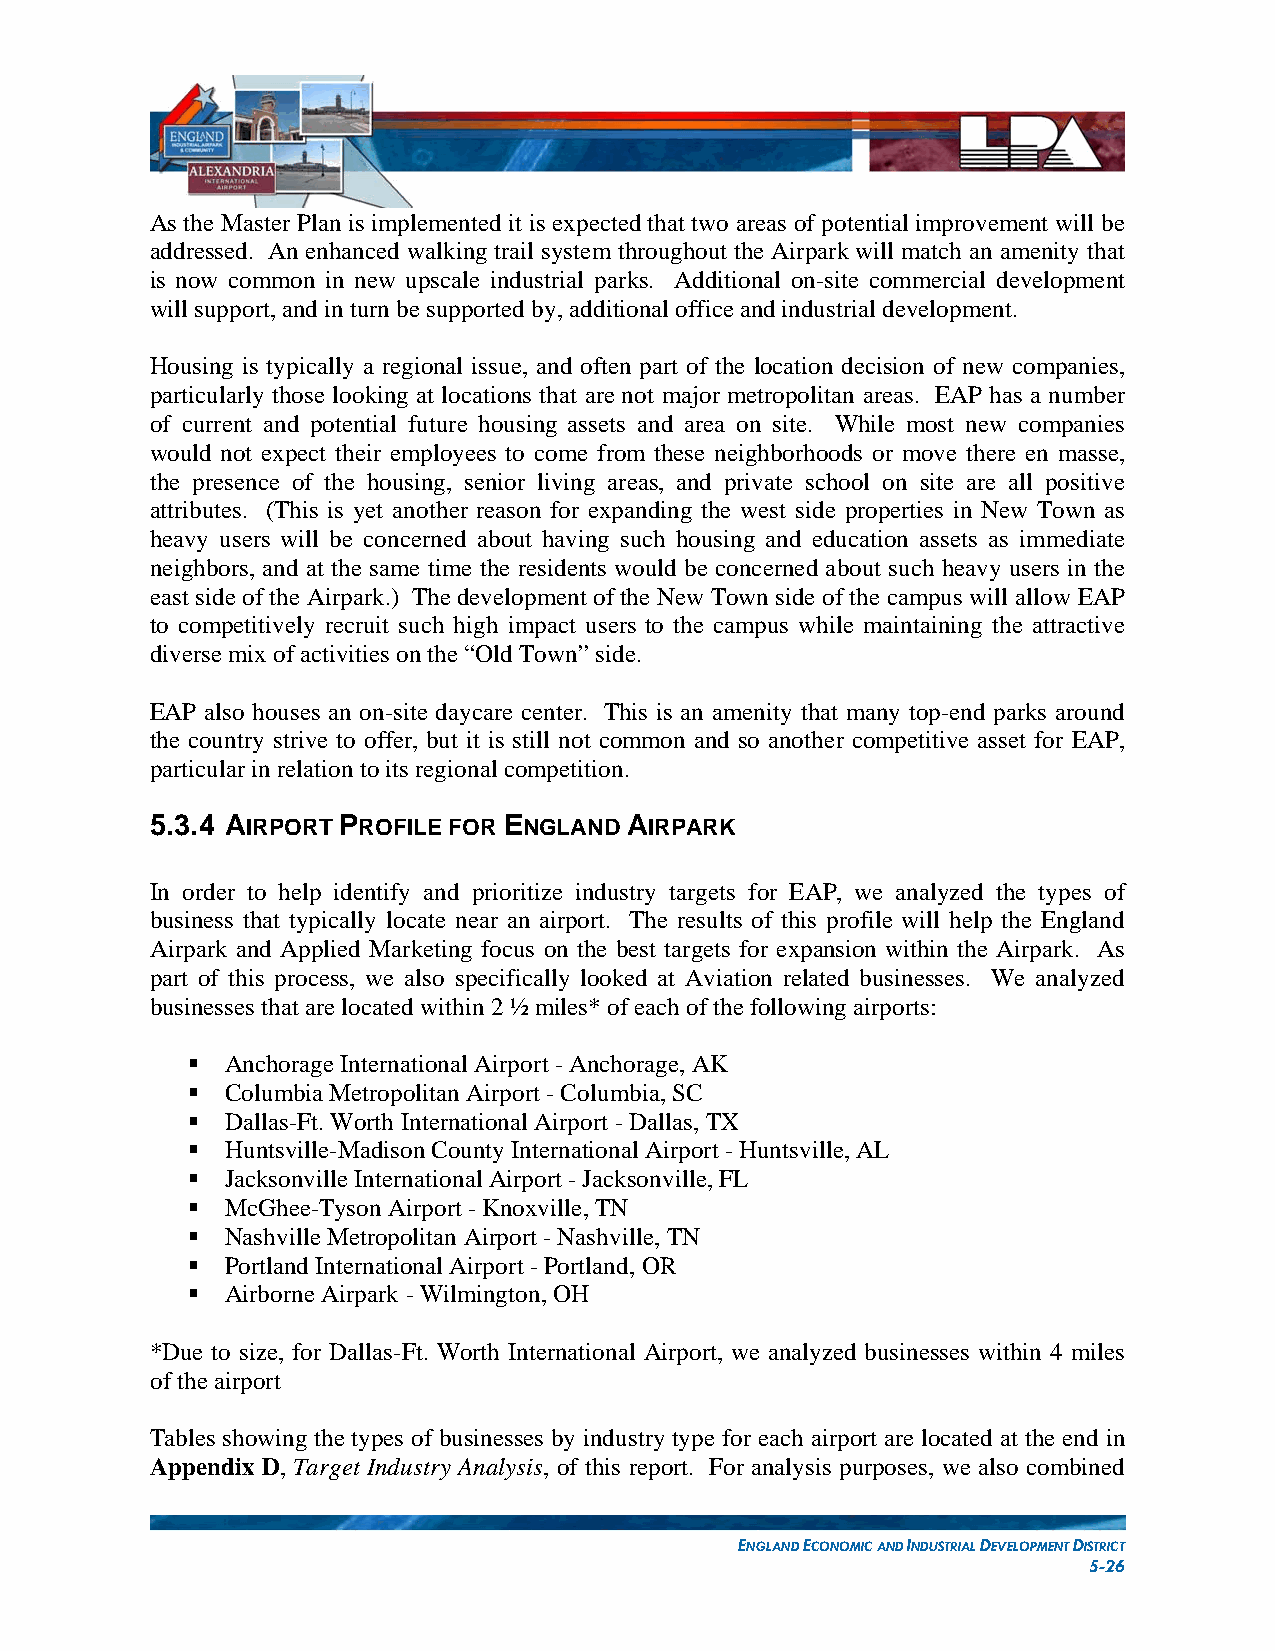
As the Master Plan is implemented it is expected that two areas of potential improvement will be
 addressed. An enhanced walking trail system throughout the Airpark will match an amenity that
 is now common in new upscale industrial parks. Additional on-site commercial development
 will support, and in turn be supported by, additional office and industrial development.
 Housing is typically a regional issue, and often part of the location decision of new companies,
 particularly those looking at locations that are not major metropolitan areas. EAP has a number
 of current and potential future housing assets and area on site. While most new companies
 would not expect their employees to come from these neighborhoods or move there en masse,
 the presence of the housing, senior living areas, and private school on site are all positive
 attributes. (This is yet another reason for expanding the west side properties in New Town as
 heavy users will be concerned about having such housing and education assets as immediate
 neighbors, and at the same time the residents would be concerned about such heavy users in the
 east side of the Airpark.) The development of the New Town side of the campus will allow EAP
 to competitively recruit such high impact users to the campus while maintaining the attractive
 diverse mix of activities on the “Old Town” side.
 EAP also houses an on-site daycare center. This is an amenity that many top-end parks around
 the country strive to offer, but it is still not common and so another competitive asset for EAP,
 particular in relation to its regional competition.
 5.3.4 AIRPORT PROFILE FOR ENGLAND AIRPARK
 In order to help identify and prioritize industry targets for EAP, we analyzed the types of
 business that typically locate near an airport. The results of this profile will help the England
 Airpark and Applied Marketing focus on the best targets for expansion within the Airpark. As
 part of this process, we also specifically looked at Aviation related businesses. We analyzed
 businesses that are located within 2 ½ miles* of each of the following airports:
   Anchorage International Airport - Anchorage, AK
   Columbia Metropolitan Airport - Columbia, SC
   Dallas-Ft. Worth International Airport - Dallas, TX
   Huntsville-Madison County International Airport - Huntsville, AL
   Jacksonville International Airport - Jacksonville, FL
   McGhee-Tyson Airport - Knoxville, TN
   Nashville Metropolitan Airport - Nashville, TN
   Portland International Airport - Portland, OR
   Airborne Airpark - Wilmington, OH
 *Due to size, for Dallas-Ft. Worth International Airport, we analyzed businesses within 4 miles
 of the airport
 Tables showing the types of businesses by industry type for each airport are located at the end in
 Appendix D, Target Industry Analysis, of this report. For analysis purposes, we also combined
 ENGLAND ECONOMIC AND INDUSTRIAL DEVELOPMENT DISTRICT
 5-26